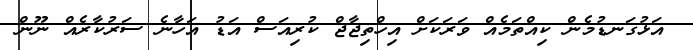
އަޅުގަނޑުމެން ކިއްތަމެއް ވަރަކަށް އިހްތިޖާޖް ކުރިއަސް އަޑު އަހާނެ ސަރުކާރެއް ނޫން